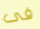
فى